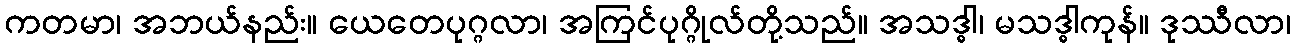
ကတမာ၊ အဘယ်နည်း။ ယေတေပုဂ္ဂလာ၊ အကြင်ပုဂ္ဂိုလ်တို့သည်။ အသဒ္ဓါ၊ မသဒ္ဓါကုန်။ ဒုဿီလာ၊